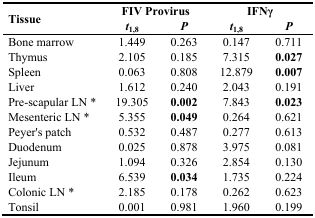
<table><thead><tr><td rowspan="2"><b>Tissue</b></td><td colspan="2"><b>FIV Provirus</b></td><td colspan="2"><b>IFNγ</b></td></tr><tr><td><b><i>t</i><sub>1,8</sub></b></td><td><b><i>P</i></b></td><td><b><i>t</i><sub>1,8</sub></b></td><td><b><i>P</i></b></td></tr></thead><tbody><tr><td>Bone marrow</td><td>1.449</td><td>0.263</td><td>0.147</td><td>0.711</td></tr><tr><td>Thymus</td><td>2.105</td><td>0.185</td><td>7.315</td><td><b>0.027</b></td></tr><tr><td>Spleen</td><td>0.063</td><td>0.808</td><td>12.879</td><td><b>0.007</b></td></tr><tr><td>Liver</td><td>1.612</td><td>0.240</td><td>2.043</td><td>0.191</td></tr><tr><td>Pre-scapular LN *</td><td>19.305</td><td><b>0.002</b></td><td>7.843</td><td><b>0.023</b></td></tr><tr><td>Mesenteric LN *</td><td>5.355</td><td><b>0.049</b></td><td>0.264</td><td>0.621</td></tr><tr><td>Peyer’s patch</td><td>0.532</td><td>0.487</td><td>0.277</td><td>0.613</td></tr><tr><td>Duodenum</td><td>0.025</td><td>0.878</td><td>3.975</td><td>0.081</td></tr><tr><td>Jejunum</td><td>1.094</td><td>0.326</td><td>2.854</td><td>0.130</td></tr><tr><td>Ileum</td><td>6.539</td><td><b>0.034</b></td><td>1.735</td><td>0.224</td></tr><tr><td>Colonic LN *</td><td>2.185</td><td>0.178</td><td>0.262</td><td>0.623</td></tr><tr><td>Tonsil</td><td>0.001</td><td>0.981</td><td>1.960</td><td>0.199</td></tr></tbody></table>